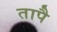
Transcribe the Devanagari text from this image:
तापै